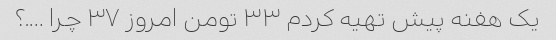
یک هفنه پیش تهیه کردم ۳۳ تومن امروز ۳۷ چرا ….؟